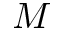
M